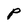
Character: p